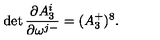
\det { \frac { \partial A _ { 3 } ^ { i } } { \partial \omega ^ { j - } } } = ( A _ { 3 } ^ { + } ) ^ { 8 } .